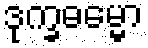
ဒုက္ခဓမ္မော